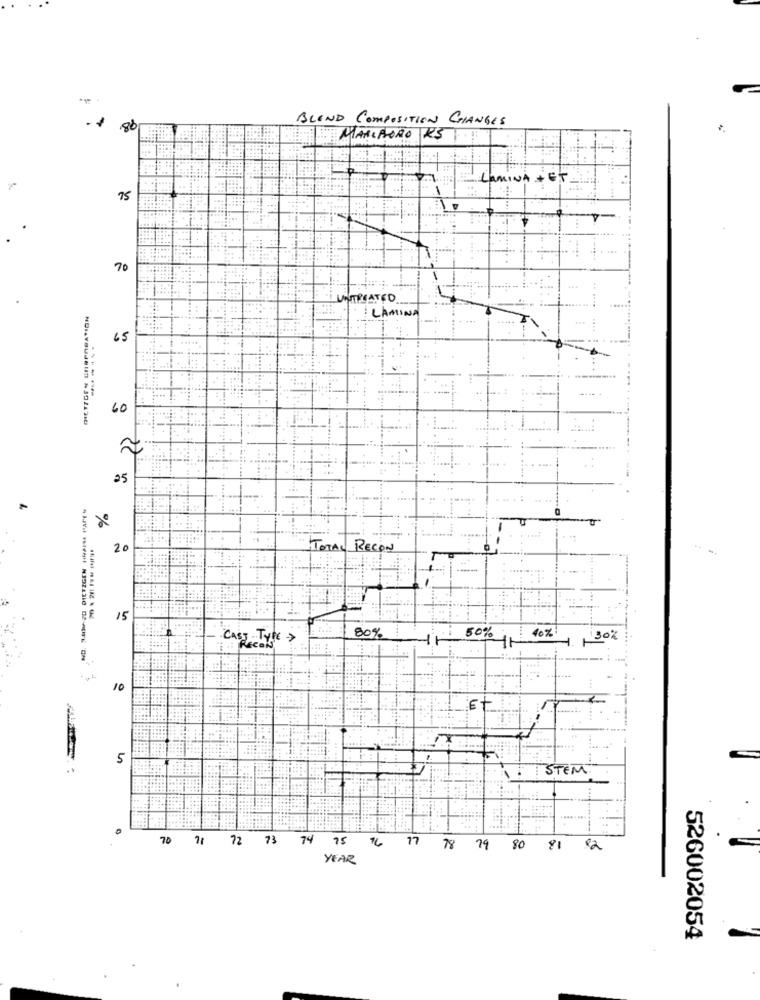
BLEND COMPOSITION CHANGES
86
ALAMBORO KS
LaMINA
+ ET
75
70
UNTREATED
: LAMINA
65
60
25
%
20
TOTAL RECON
15
80%
50%
40%
CAST Type >
30%
cals
10
5
STEM
.......
70 7/ 72 73 74 15 16 17 78 79 80
81 82
YEAR
526002054